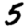
Digit: 5